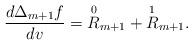
LaTeX: \begin{align*} \frac{d\Delta_{m+1}f}{dv}=\overset{0}{R}_{m+1}+\overset{1}{R}_{m+1}.\end{align*}